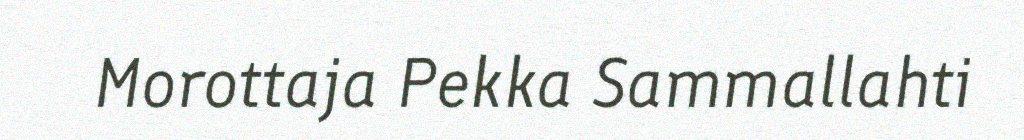
Morottaja Pekka Sammallahti